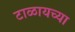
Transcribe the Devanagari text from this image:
टाळायच्या